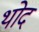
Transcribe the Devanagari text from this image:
थोद